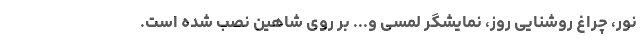
نور، چراغ روشنایی روز، نمایشگر لمسی و... بر روی شاهین نصب شده است.